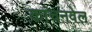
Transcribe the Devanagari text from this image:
कांचनवेल